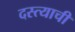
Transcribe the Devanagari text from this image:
दस्त्याची